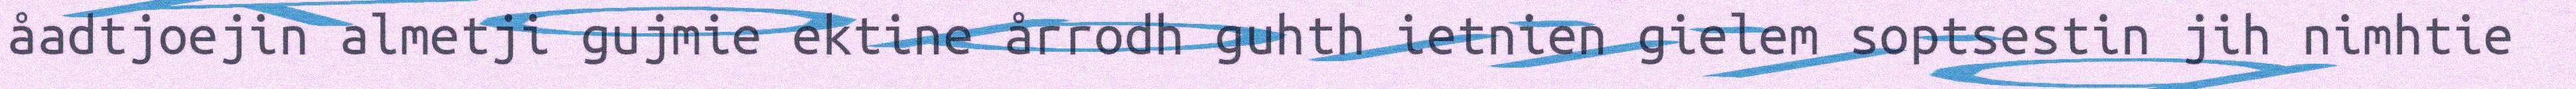
åadtjoejin almetji gujmie ektine årrodh guhth ietnien gielem soptsestin jih nimhtie